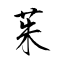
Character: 茱